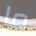
ما